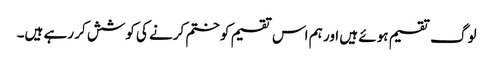
لوگ تقسیم ہوئے ہیں اور ہم اس تقسیم کو ختم کرنے کی کوشش کر رہے ہیں۔